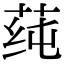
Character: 莼